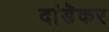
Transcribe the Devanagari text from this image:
दांडॆकर